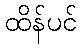
ထိန်ပင်